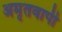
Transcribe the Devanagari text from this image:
अमृतवापी